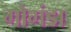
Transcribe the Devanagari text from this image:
गोगंडा